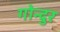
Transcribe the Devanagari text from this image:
गोन्दुर